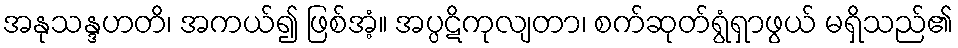
အနုသန္ဒဟတိ၊ အကယ်၍ ဖြစ်အံ့။ အပ္ပဋိကုလျတာ၊ စက်ဆုတ်ရွံရှာဖွယ် မရှိသည်၏